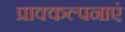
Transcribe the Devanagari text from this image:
प्राक्कल्पनाएं